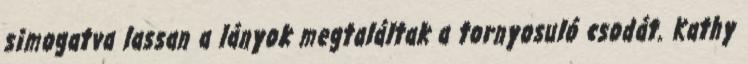
simogatva lassan a lányok megtaláltak a tornyosuló csodát. Kathy